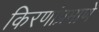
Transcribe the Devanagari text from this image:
किरणांप्रमाणे